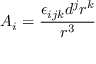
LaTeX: A _ { i } = \frac { \epsilon _ { i j k } d ^ { j } r ^ { k } } { r ^ { 3 } }